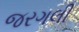
જરગલી